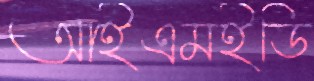
আইএমইডি